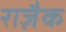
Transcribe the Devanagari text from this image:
राज़ैक